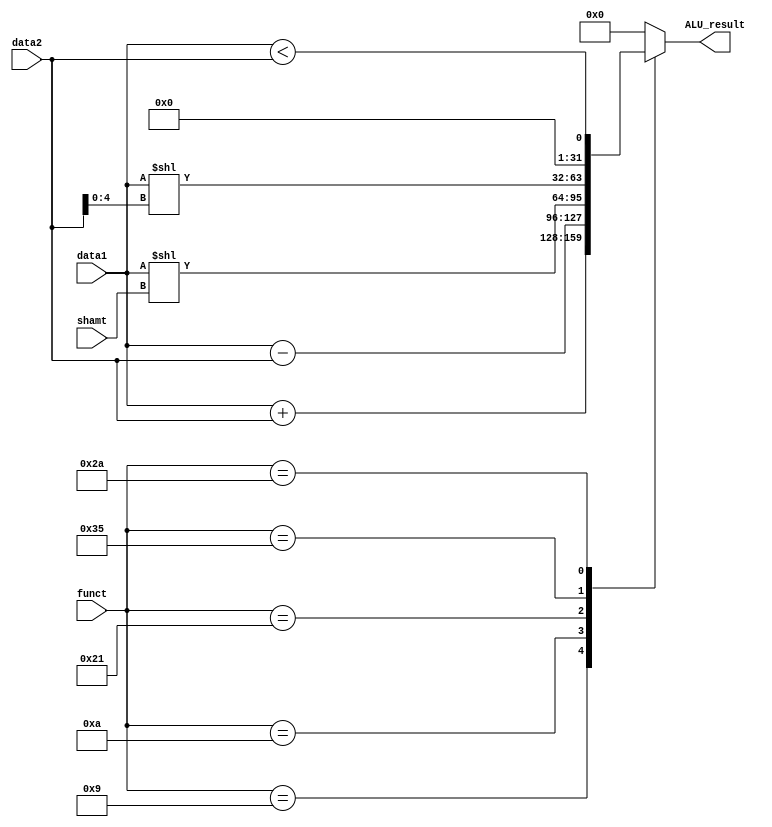
module ALU(
    // Outputs
    output reg [31:0] ALU_result,
    // Inputs
    input [31:0] data1,
    input [31:0] data2,
    input [4:0] shamt,
    input [5:0] funct
);

    parameter ADDU = 6'b001001;
    parameter SUBU = 6'b001010;
    parameter SLL = 6'b100001;
    parameter SLLV = 6'b110101;
    parameter SLTI = 6'b101010;

    wire [31:0] ADDU_result, SUBU_result, SLL_result, SLLV_result, SLTI_result;

    assign ADDU_result = data1 + data2;
    assign SUBU_result = data1 - data2;
    assign SLL_result = data1 << shamt;
    assign SLLV_result = data1 << data2[4:0];
    assign SLTI_result = data1 < data2;

    always @(*) begin
        case(funct)
            ADDU: ALU_result <= ADDU_result;
            SUBU: ALU_result <= SUBU_result;
            SLL: ALU_result <= SLL_result;
            SLLV: ALU_result <= SLLV_result;
            SLTI: ALU_result <= SLTI_result;
            default: ALU_result <= 32'b0;
        endcase
    end

endmodule